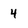
Character: 4